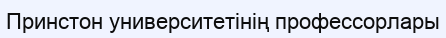
Принстон университетінің профессорлары